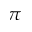
\pi